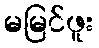
မမြင်ဖူး